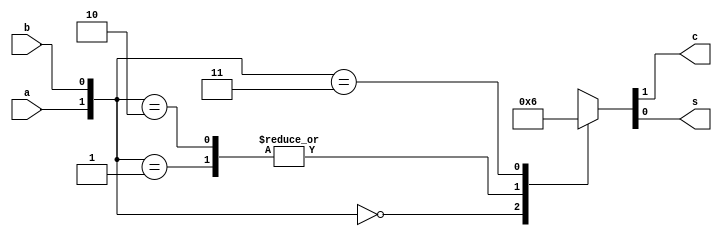
`timescale 1ns / 1ps

module halfadder(a, b, c, s);
	input  wire a;
	input  wire b;
	output wire c;
	output wire s;
	
	//assign c = a & b;
	//assign s = a ^ b;
	
	//wire [1:0] sum;
	
	//assign sum = a + b;
	//assign {c, s} = sum;
	
	reg [1:0] sum;
	
	always @(*) begin
		case({a, b})
			2'b00: sum = 2'b00;
			2'b01: sum = 2'b01;
			2'b10: sum = 2'b01;
			2'b11: sum = 2'b10;
		endcase
	end
	
	assign {c, s} = sum;
endmodule